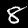
Label: 8